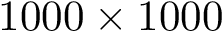
1 0 0 0 \times 1 0 0 0